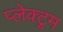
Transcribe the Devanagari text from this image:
प्लेक्ट्रम